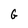
Character: G